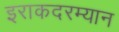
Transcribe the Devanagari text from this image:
इराकदरम्यान